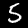
Digit: 5